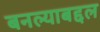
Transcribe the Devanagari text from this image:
बनल्याबद्दल